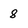
Character: 8